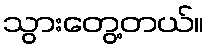
သွားတွေ့တယ်။